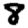
Digit: 8